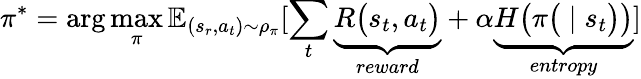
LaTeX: \pi^{*}=\arg\operatorname*{max}_{\pi}\mathbb{E}_{(s_{r},a_{t})\sim\rho_{\pi}}[\sum_{t}\underbrace{R\big(s_{t},a_{t}\big)}_{reward}+\alpha\underbrace{H\big(\pi\big(\mid s_{t}\big)\big)}_{entropy}]